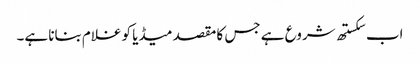
اب سکستھ شروع ہے جس کا مقصد میڈیا کو غلام بنانا ہے۔